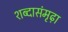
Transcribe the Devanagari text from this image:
शब्दासंमृढ़ा